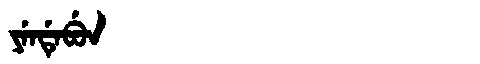
Manchu: ᠶᡝᠨᡩᡝᠪᡠᠨ
Romanization: YENDEBUN